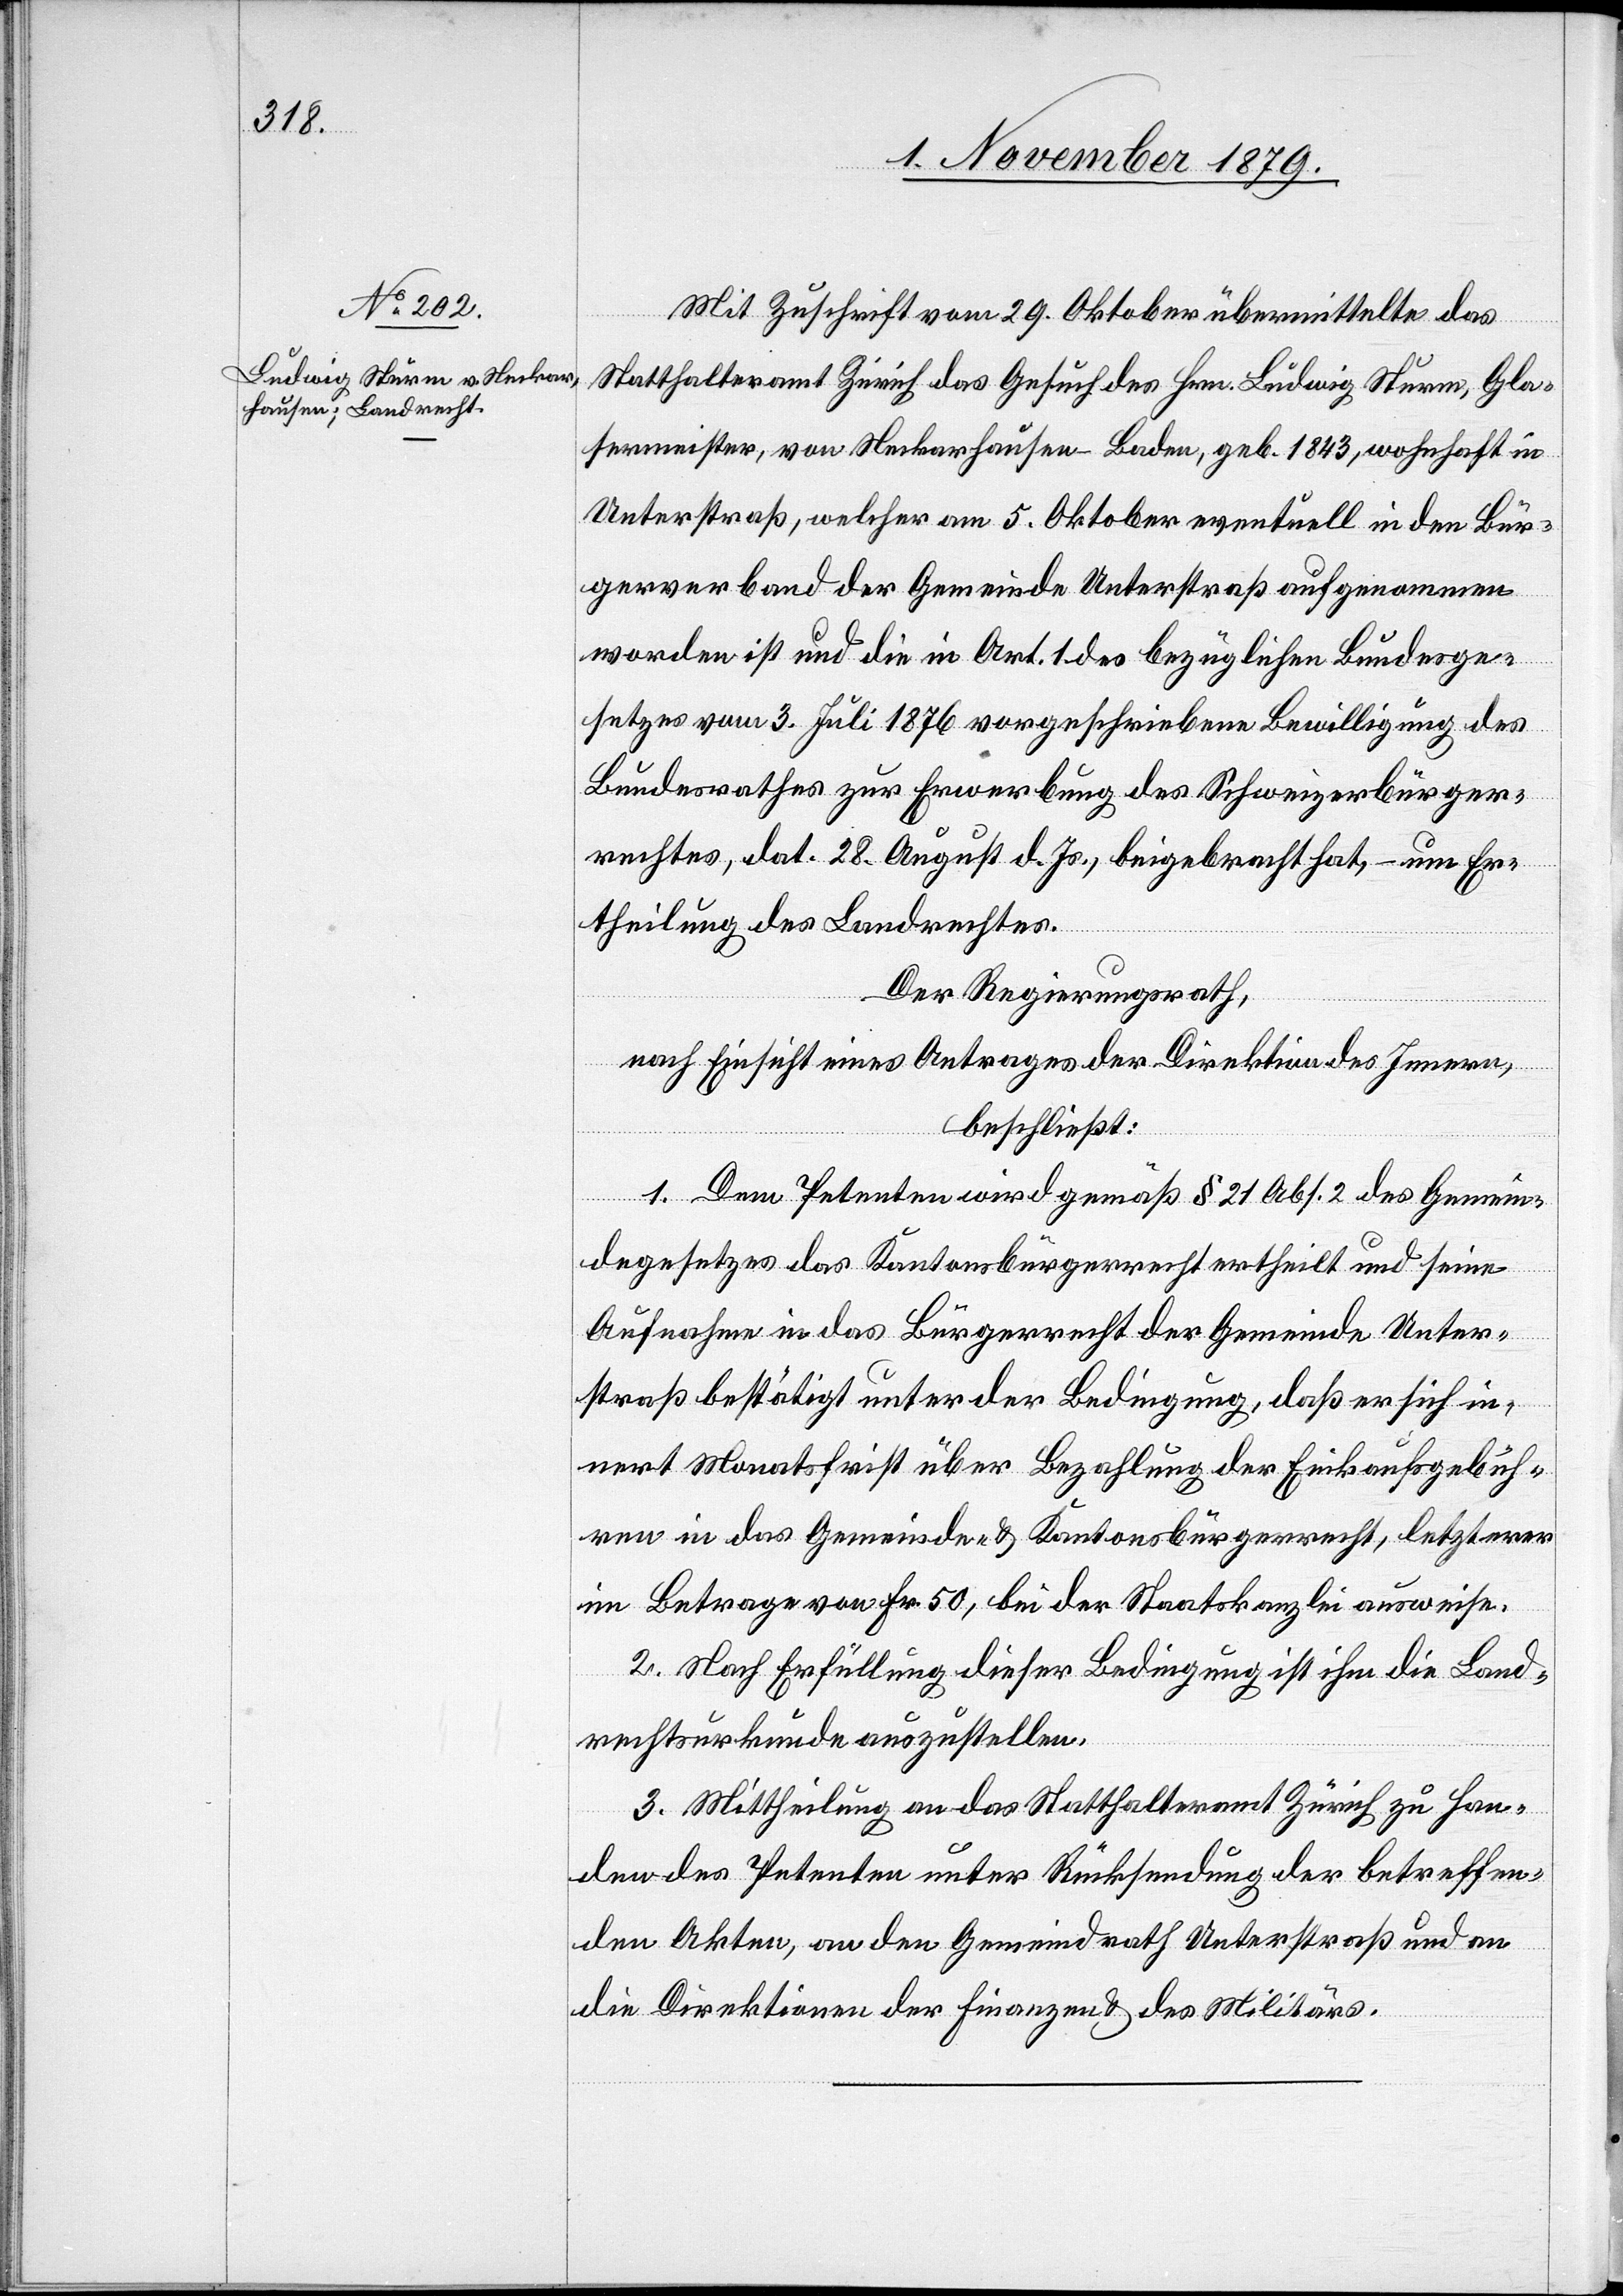
Mit Zuschrift vom 29. Oktober übermittelte das
Statthalteramt Zürich das Gesuch des Hrn. Ludwig Sturm, Gla¬
sermeister, von Neckarhausen - Baden, geb. 1843, wohnhaft in
Unterstraß, welcher am 5. Oktober eventuell in den Bür¬
gerverband der Gemeinde Unterstraß aufgenommen
worden ist und die in Art. 1. des bezüglichen Bundesge¬
setzes vom 3. Juli 1876 vorgeschriebene Bewilligung des
Bundesrathes zur Erwerbung des Schweizerbürger¬
rechtes, dat. 28. August d. Js., beigebracht hat, – um Er¬
theilung des Landrechtes.
Der Regierungsrath,
nach Einsicht eines Antrages der Direktion des Innern,
beschließt:
1. Dem Petenten wird gemäß § 21 Abs. 2 des Gemein¬
degesetzes das Kantonsbürgerrecht der Gemeinde Unte¬
rstraß bestätigt unter der Bedingung, daß er sich in¬
nert Monatsfrist über Bezahlung der Einkaufsgebüh¬
ren in das Gemeinde- & Kantonsbürgerrecht, letzterer
im Betrage von Fr. 50, bei der Staatskanzlei ausweise.
2. Nach Erfüllung dieser Bedingung ist ihm die Land¬
rechtsurkunde auszustellen.
3. Mittheilung an das Statthalteramt Zürich zu Han¬
den des Petenten unter Rücksendung der betreffen¬
den Akten, an den Gemeindrath Unterstraß und an
die Direktionen der Finanzen & des Militärs.